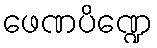
ဖေဏပိဏ္ဍေ